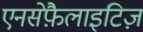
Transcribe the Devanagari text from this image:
एनसेफ़ैलाइटिज़